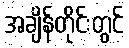
အချိန်တိုင်းတွင်